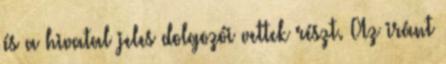
és a hivatal jeles dolgozói vettek részt. Az iránt